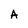
Character: A